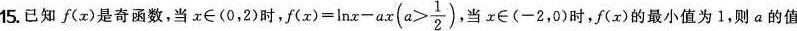
15. 已知 f(x)是奇函数，当x∈(0，2)时， $$f ( x ) = l n x - a x ( a > \frac{ 1 } { 2 })$$, 当x∈(-2，0)时，f(x)的最小值为1，则 a 的值